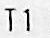
7 DAY WITH RECEIPT.